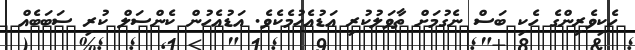
ހެކިވެރިންގެ ހެކި ބަސް ނެގުމަށް ތާވަލުކުރި އަޑުއެހުމެކެވެ. އަޑުއެހުން ކެންސަލް ކުރި ސަބަބެއް